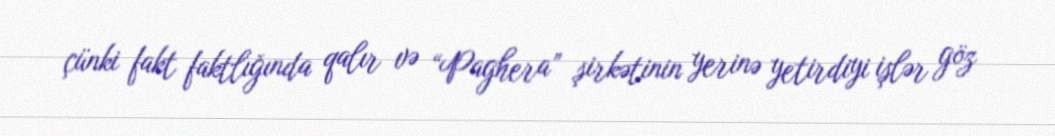
çünki fakt faktlığında qalır və “Paghera” şirkətinin yerinə yetirdiyi işlər göz